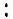
: